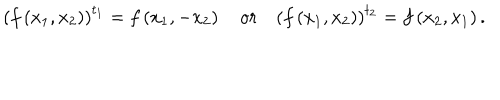
\left( f \left( x _ { 1 } , x _ { 2 } \right) \right) ^ { t _ { 1 } } = f \left( x _ { 1 } , - x _ { 2 } \right) \quad o r \quad \left( f \left( x _ { 1 } , x _ { 2 } \right) \right) ^ { t _ { 2 } } = f \left( x _ { 2 } , x _ { 1 } \right) .